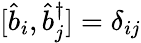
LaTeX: [\hat{b}_{i},\hat{b}_{j}^{\dagger}]=\delta_{ij}